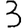
Digit: 3